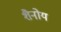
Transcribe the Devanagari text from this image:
शैनोय